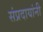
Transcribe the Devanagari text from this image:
संप्रदायांनी